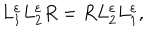
L _ { 1 } ^ { \varepsilon } L _ { 2 } ^ { \varepsilon } R = R L _ { 2 } ^ { \varepsilon } L _ { 1 } ^ { \varepsilon } ,